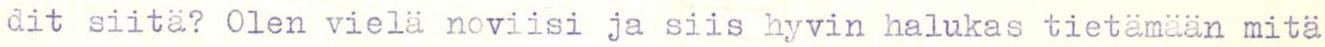
dit siitä? Olen vielä noviisi ja siis hyvin halukas tietämään mitä